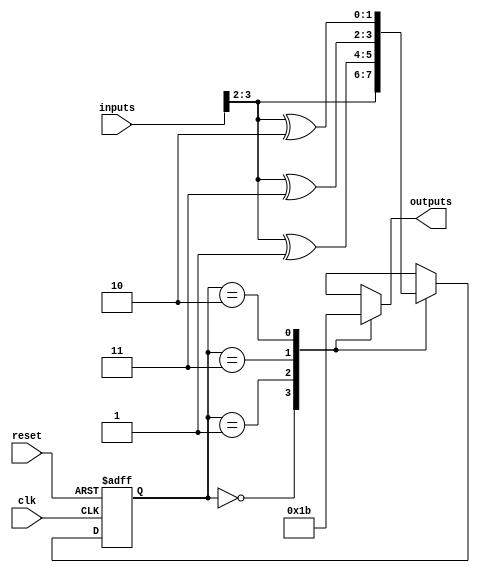
module StateMachine(
    input wire clk,
    input wire reset,
    input wire [N-1:0] inputs,
    output reg [M-1:0] outputs
);

parameter N = 4; // Number of inputs
parameter M = 2; // Number of outputs
parameter S_BITS = 2; // Number of bits required for state encoding

reg [S_BITS-1:0] state_reg;
reg [S_BITS-1:0] next_state;

// Define the states using Gray code encoding
parameter stateA = 2'b00; // State A
parameter stateB = 2'b01; // State B
parameter stateC = 2'b11; // State C
parameter stateD = 2'b10; // State D

// State transition logic
always @(posedge clk or posedge reset) begin
    if (reset) begin
        state_reg <= stateA;
    end else begin
        state_reg <= next_state;
    end
end

// Output generation logic
always @* begin
    case(state_reg)
        stateA: begin
            outputs = 2'b00; // Output for state A
            next_state = inputs[N-1:N-2]; // State transition logic for state A
        end
        stateB: begin
            outputs = 2'b01; // Output for state B
            next_state = inputs[N-1:N-2] ^ stateB; // State transition logic for state B
        end
        stateC: begin
            outputs = 2'b10; // Output for state C
            next_state = inputs[N-1:N-2] ^ stateC; // State transition logic for state C
        end
        stateD: begin
            outputs = 2'b11; // Output for state D
            next_state = inputs[N-1:N-2] ^ stateD; // State transition logic for state D
        end
    endcase
end

endmodule